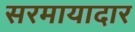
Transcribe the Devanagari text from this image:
सरमायादार